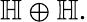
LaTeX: \mathbb{H}\oplus\mathbb{H}.